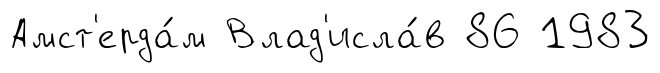
Амст'ерда́м Влад'исла́в 86 1983